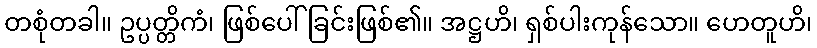
တစုံတခါ။ ဥပ္ပတ္တိကံ၊ ဖြစ်ပေါ်ခြင်းဖြစ်၏။ အဋ္ဌဟိ၊ ရှစ်ပါးကုန်သော။ ဟေတူဟိ၊